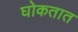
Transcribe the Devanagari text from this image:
घोकतात